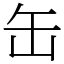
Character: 缶